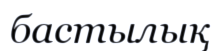
бастылық